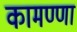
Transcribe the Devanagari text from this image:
कामण्णा